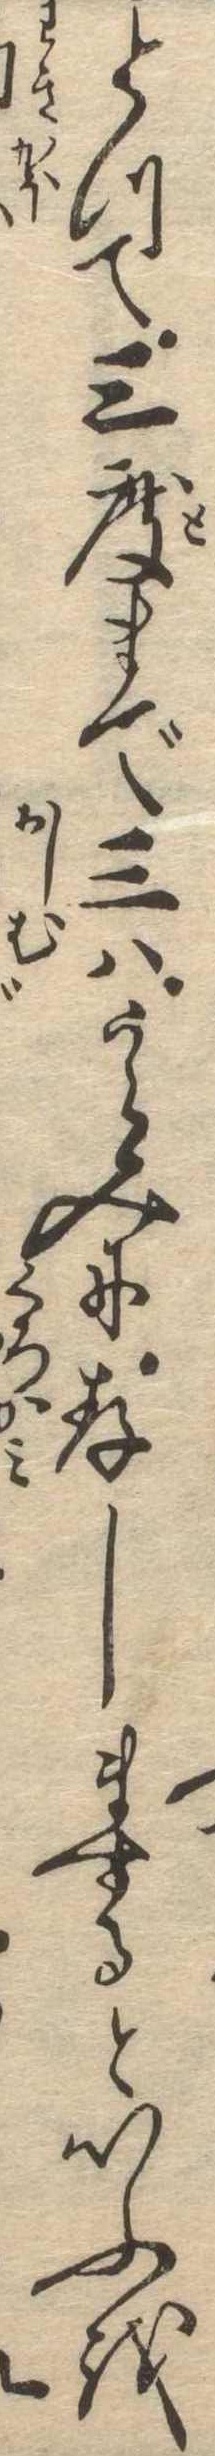
とつて三度まで三はうらみに存しまするといふを